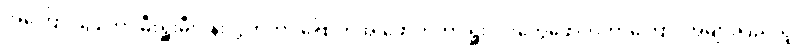
အကြောင်းပြုကာ မီးရှူးမီးပန်းလွှတ်တာ၊ဗြောက်အိုးဖောက်တာ၊ရှူးဒိုင်းတွေဖောက်တာကြောင့်အများပြည်သူ